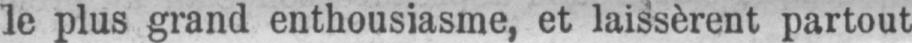
le plus grand enthousiasme, et laissèrent partout